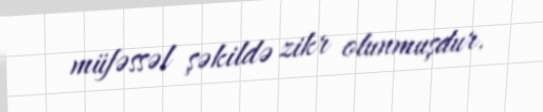
müfəssəl şəkildə zikr olunmuşdur.